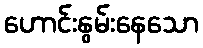
ဟောင်းနွမ်းနေသော